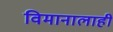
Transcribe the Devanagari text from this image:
विमानालाही